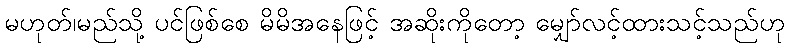
မဟုတ်၊မည်သို့ ပင်ဖြစ်စေ မိမိအနေဖြင့် အဆိုးကိုတော့ မျှော်လင့်ထားသင့်သည်ဟု